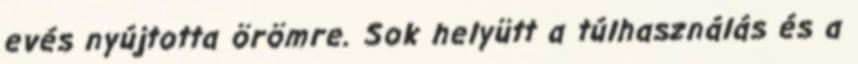
evés nyújtotta örömre. Sok helyütt a túlhasználás és a